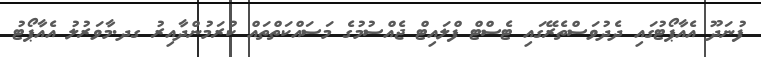
ފުނަދޫ އެއާޕޯޓުގައި ދެދުވަސްތެރޭގައި ޓެސްޓް ފްލައިޓް ޖެއްސުމުގެ މަސައްކަތްތައް ކުރަމުންދާއިރު ގދ.މާވަރުލު އެއާޕޯޓު